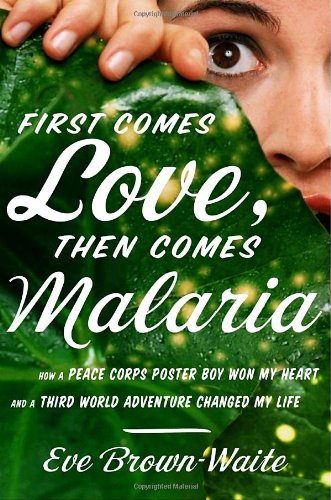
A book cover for First Comes Love, Then Comes Malaria: How a Peace Corps Poster Boy Won My Heart and a Third World Adventure Changed My Life; Eve Brown-Waite; Travel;